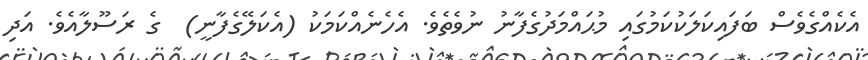
އެކެއްގެވެސް ބަފައިކަލަކުކަމުގައި މުޙައްމަދުގެފާނު ނުވެތެވެ. އެހެނެއްކަމަކު (އެކަލޭގެފާނީ)  ގެ ރަސޫލާއެވެ. އަދި